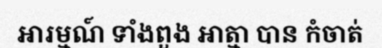
អារម្មណ៍ ទាំងពួង អាត្មា បាន កំចាត់